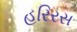
હરિરસ